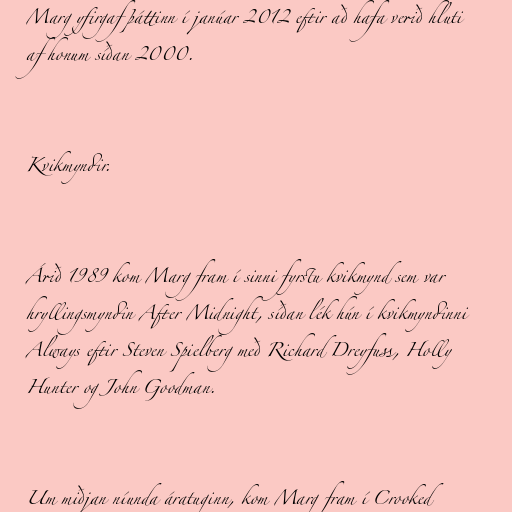
Marg yfirgaf þáttinn í janúar 2012 eftir að hafa verið hluti
af honum síðan 2000.

Kvikmyndir.

Árið 1989 kom Marg fram í sinni fyrstu kvikmynd sem var
hryllingsmyndin After Midnight, síðan lék hún í kvikmyndinni
Always eftir Steven Spielberg með Richard Dreyfuss, Holly
Hunter og John Goodman.

Um miðjan níunda áratuginn, kom Marg fram í Crooked